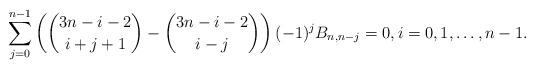
LaTeX: \begin{align*}\sum_{j=0}^{n-1} \left( \binom{3n-i-2}{i+j+1}-\binom{3n-i-2}{i-j} \right) (-1)^j B_{n,n-j} = 0, i=0,1,\ldots,n-1.\end{align*}